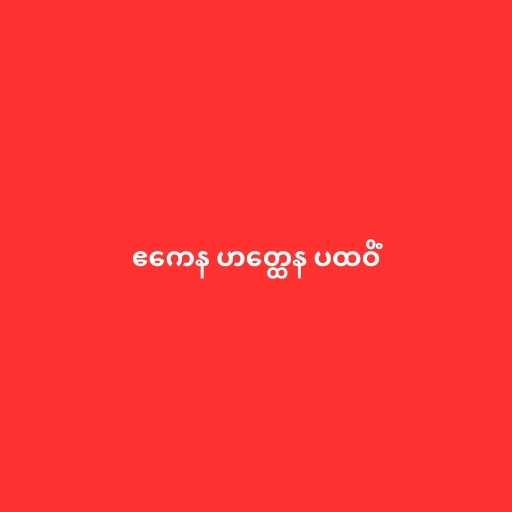
ဧကေန ဟတ္ထေန ပထဝိံ